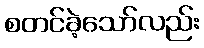
စတင်ခဲ့သော်လည်း